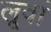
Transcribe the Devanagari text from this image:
लूवां